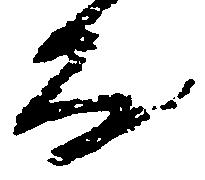
房